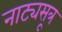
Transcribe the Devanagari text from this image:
नाट्यसूत्र